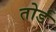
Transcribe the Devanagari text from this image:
तोर्ड